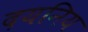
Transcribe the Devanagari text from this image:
दयनिय